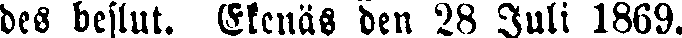
des beslut. Ekenäs den 28 Juli 1869.